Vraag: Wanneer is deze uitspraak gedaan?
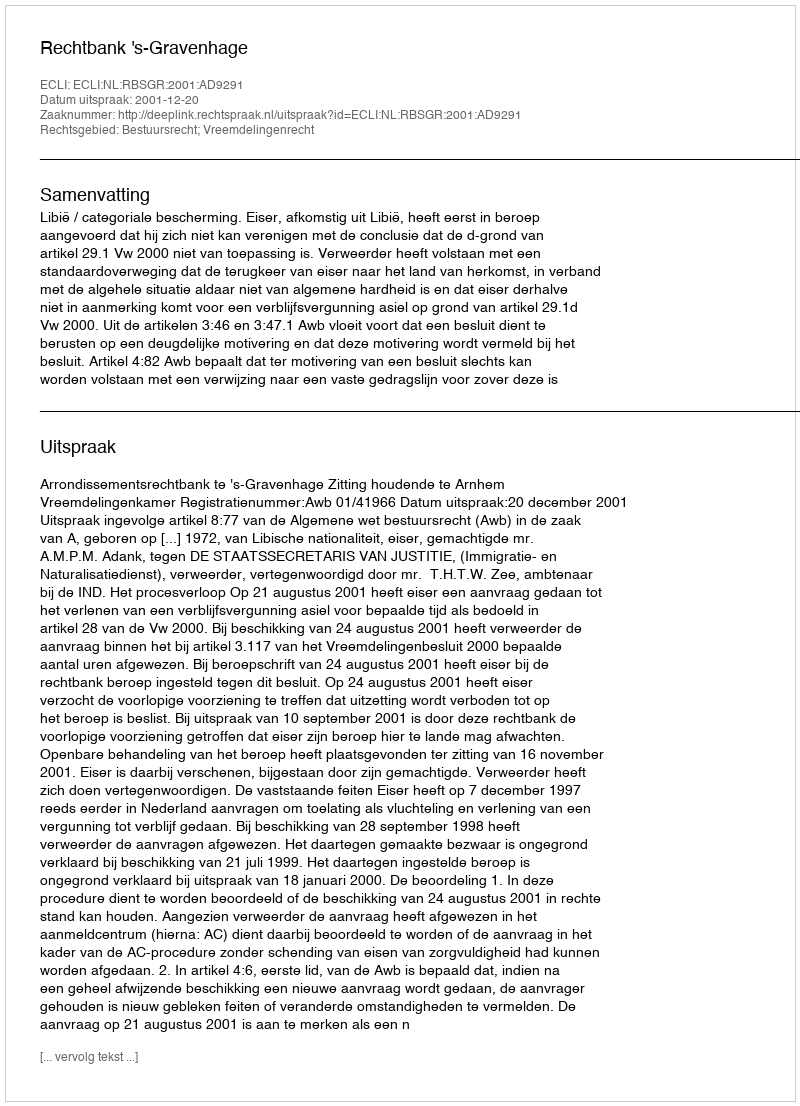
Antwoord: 2001-12-20